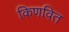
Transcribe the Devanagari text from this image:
किणवित